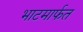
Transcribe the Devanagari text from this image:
भाटमार्फत